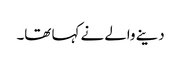
دینے والے نے کہا تھا۔